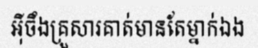
អ៊ីចឹងគ្រួសារគាត់មានតែម្នាក់ឯង